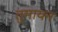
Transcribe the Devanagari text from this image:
तुमायन